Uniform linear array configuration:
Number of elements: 8
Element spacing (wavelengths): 1
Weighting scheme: blackman
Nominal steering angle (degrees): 60
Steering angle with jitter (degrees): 61.569
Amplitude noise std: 0.05
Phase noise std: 0.05

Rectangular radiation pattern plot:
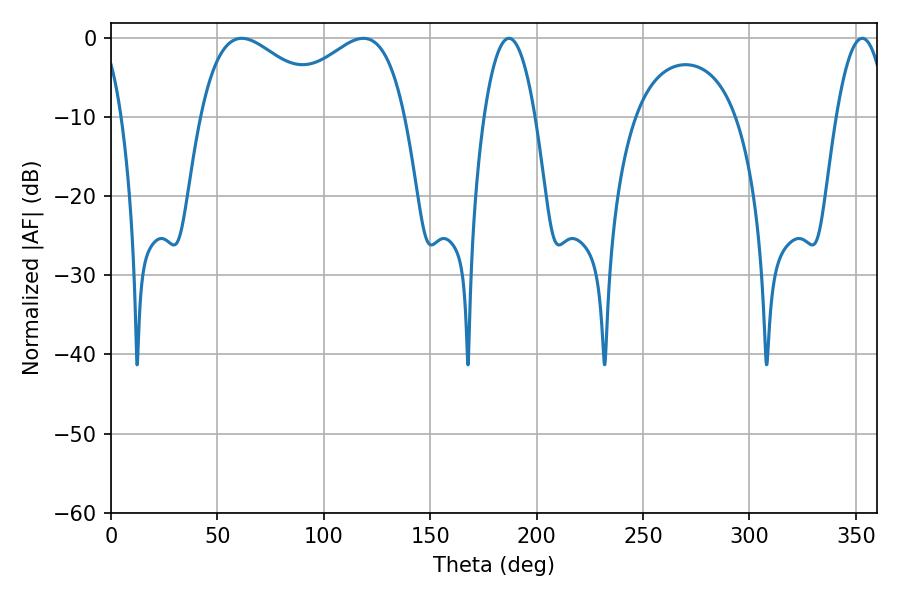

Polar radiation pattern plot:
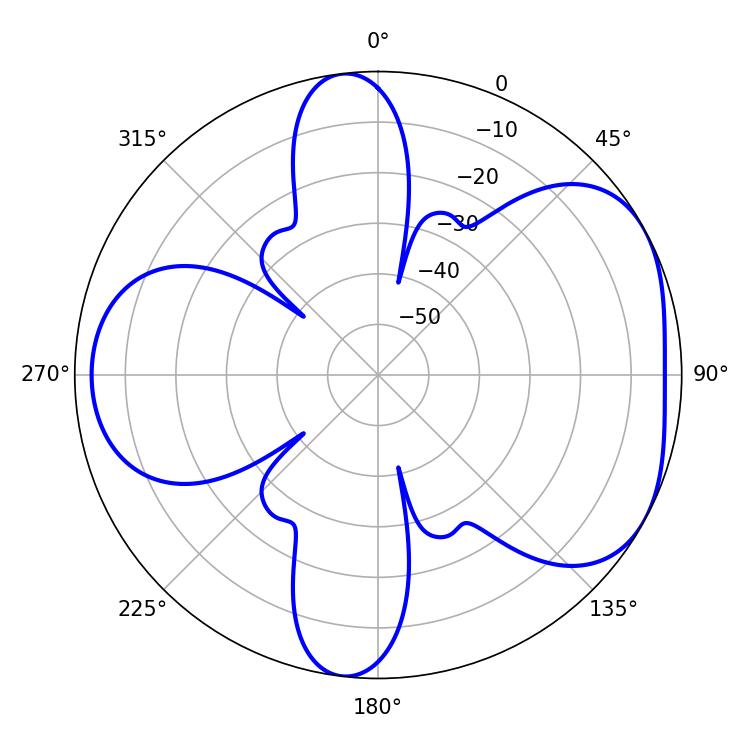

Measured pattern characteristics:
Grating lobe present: TRUE
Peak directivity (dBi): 4.795
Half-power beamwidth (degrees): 34.02
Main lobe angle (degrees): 61.38